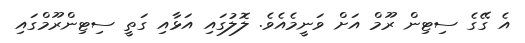
އެ ގޭގެ ސިޓިން ރޫމް އަށް ވަނީމެއެވެ. ލޮލުގައި އަޅާއި ގަތީ ސިޓިންރޫމްގައި